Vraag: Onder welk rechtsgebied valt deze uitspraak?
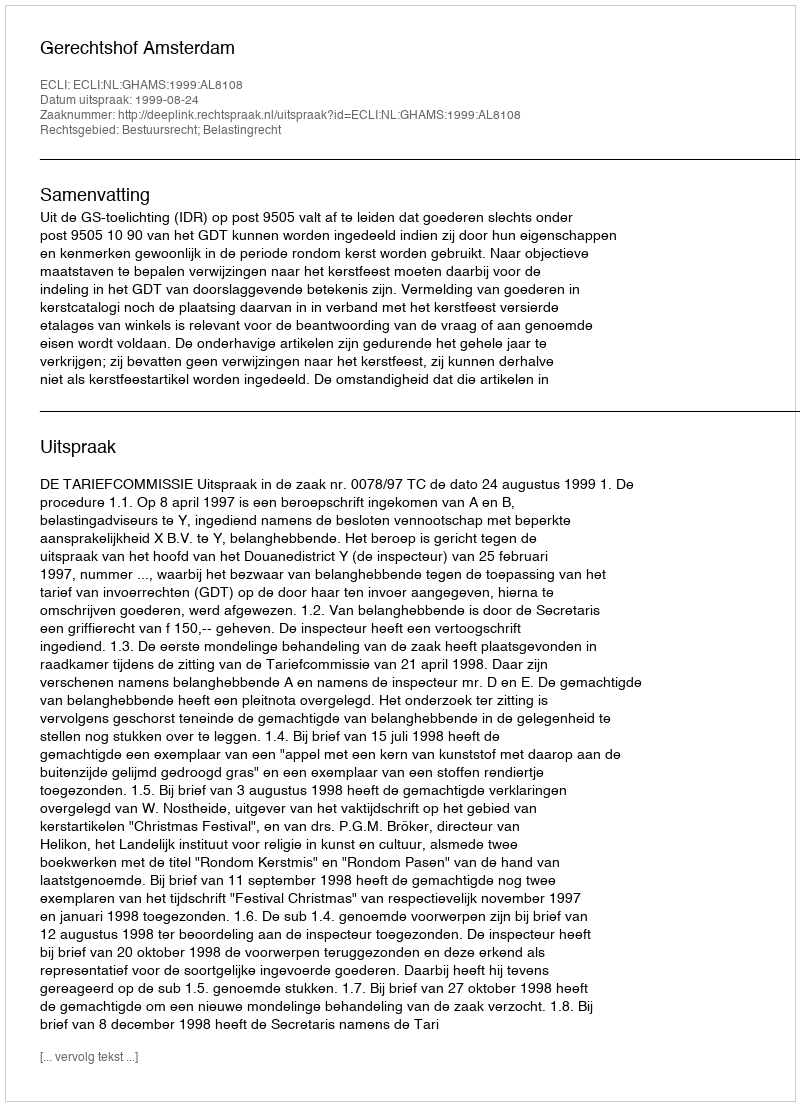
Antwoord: Bestuursrecht; Belastingrecht